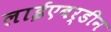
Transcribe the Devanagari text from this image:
लाईएबर्डीन